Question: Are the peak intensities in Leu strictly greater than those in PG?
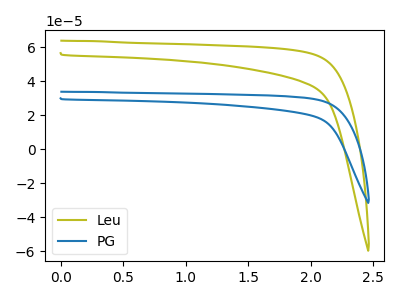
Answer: <think>The olive curve "Leu" has no peaks. The blue curve "PG" has no peaks.</think>
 <answer>Niether CV has any peaks.</answer>
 <eval>blanks</eval>